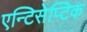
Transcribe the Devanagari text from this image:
एन्टिसेप्टिक